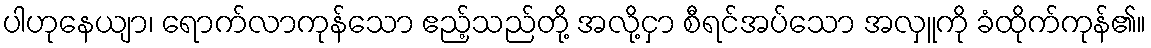
ပါဟုနေယျာ၊ ရောက်လာကုန်သော ဧည့်သည်တို့ အလို့ငှာ စီရင်အပ်သော အလှူကို ခံထိုက်ကုန်၏။